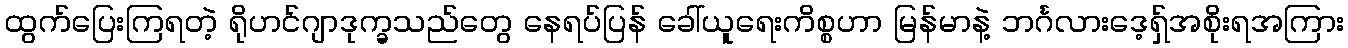
ထွက်ပြေးကြရတဲ့ ရိုဟင်ဂျာဒုက္ခသည်တွေ နေရပ်ပြန် ခေါ်ယူရေးကိစ္စဟာ မြန်မာနဲ့ ဘင်္ဂလားဒေ့ရ်ှအစိုးရအကြား